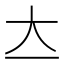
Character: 𡗓